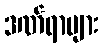
ဒဏ်ရာများ